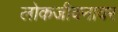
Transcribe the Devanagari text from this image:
लोकजीवनावर